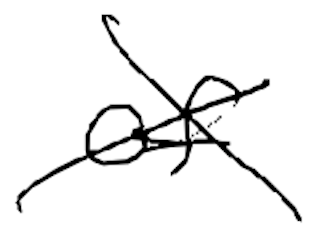
Text: of
Cross-out: cross
Writing tool: digital_black